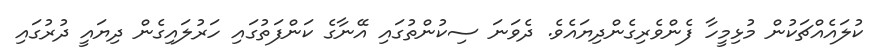
ކުލައެއްޗަކުން މުޅިމީހާ ފެންވެރިގެންދިޔައެވެ. ދެވަނަ ސިކުންތުގައި އޭނާގެ ކަންފަތުގައި ހަރުލައިގެން ދިޔައީ ދުރުގައި